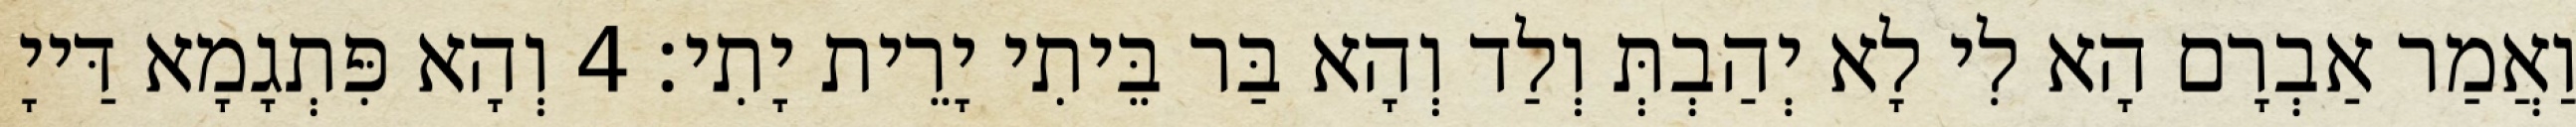
וַאֲמַר אַבְרָם הָא לִי לָא יְהַבְתְּ וְלַד וְהָא בַּר בֵּיתִי יָרֵית יָתִי׃ 4 וְהָא פִּתְגָמָא דַּייָ